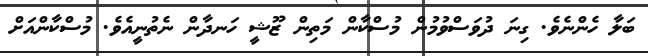
ބަލާ ހެންނެވެ. ގިނަ ދުވަސްވުމުން މުސްކާން މަތިން ޒޫޝީ ހަނދާން ނެތުނީއެވެ. މުސްކާންއަށް